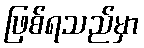
ဖြစ်ရသည်မှာ